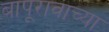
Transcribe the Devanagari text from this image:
बापूरावाच्या